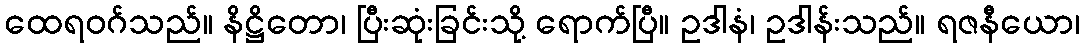
ထေရဝဂ်သည်။ နိဋ္ဌိတော၊ ပြီးဆုံးခြင်းသို့ ရောက်ပြီ။ ဥဒါနံ၊ ဥဒါန်းသည်။ ရဇနီယော၊